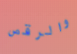
والرقص